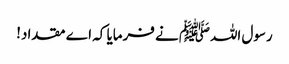
رسول اللہﷺ نے فرمایا کہ اے مقداد!